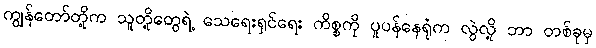
ကျွန်တော်တို့က သူတို့တွေရဲ့ သေရေးရှင်ရေး ကိစ္စကို ပူပန်နေရုံက လွဲလို့ ဘာ တစ်ခုမှ